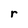
Character: r